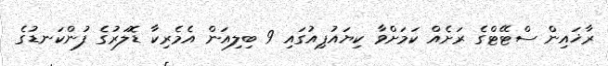
ރާޚައިން ސްޓޭޓްގެ ރަށެއް ކަމަށްވާ ކިޔައުޕިއުގައި 9 ބިލިއަން އެމެރިކާ ޑޮލަރުގެ ފުންކަނޑުގެ